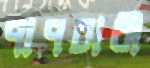
পাপচারী